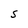
Character: S